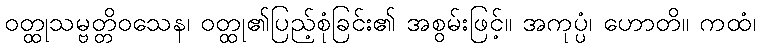
ဝတ္ထုသမ္ဗတ္တိဝသေန၊ ဝတ္ထု၏ပြည့်စုံခြင်း၏ အစွမ်းဖြင့်။ အကုပ္ပံ၊ ဟောတိ။ ကထံ၊